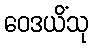
ဝေဒယိံသု